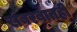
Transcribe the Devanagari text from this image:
खबरबातही